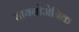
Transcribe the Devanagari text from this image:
सायनोजेनिक